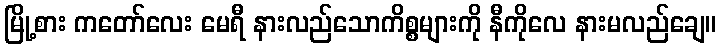
မြို့စား ကတော်လေး မေရီ နားလည်သောကိစ္စများကို နီကိုလေ နားမလည်ချေ။